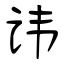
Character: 讳